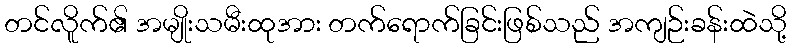
တင်လိူက်၏ အမျိုးသမီးထုအား တက်ရောက်ခြင်းဖြစ်သည် အကျဉ်းခန်းထဲသို့